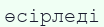
өсірледі